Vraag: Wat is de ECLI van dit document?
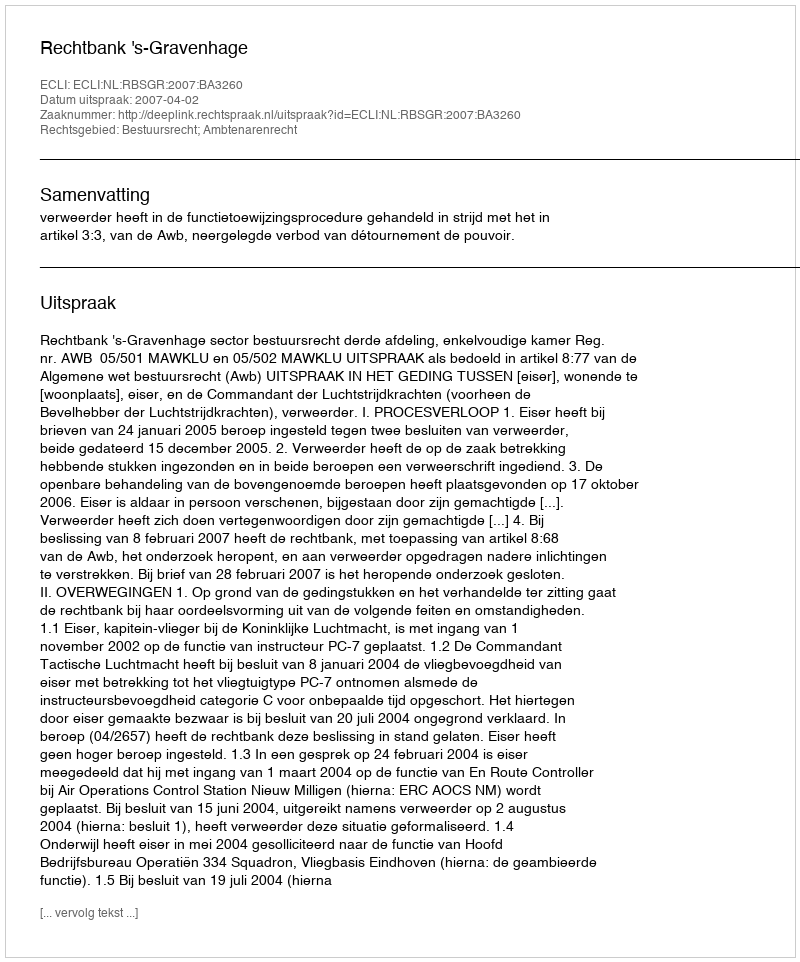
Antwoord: ECLI:NL:RBSGR:2007:BA3260